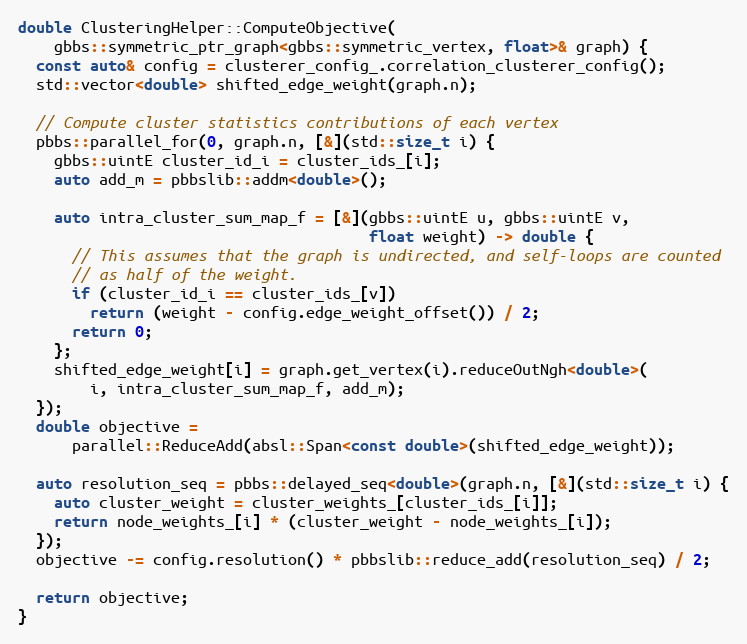
Language: C++
double ClusteringHelper::ComputeObjective(
    gbbs::symmetric_ptr_graph<gbbs::symmetric_vertex, float>& graph) {
  const auto& config = clusterer_config_.correlation_clusterer_config();
  std::vector<double> shifted_edge_weight(graph.n);

  // Compute cluster statistics contributions of each vertex
  pbbs::parallel_for(0, graph.n, [&](std::size_t i) {
    gbbs::uintE cluster_id_i = cluster_ids_[i];
    auto add_m = pbbslib::addm<double>();

    auto intra_cluster_sum_map_f = [&](gbbs::uintE u, gbbs::uintE v,
                                       float weight) -> double {
      // This assumes that the graph is undirected, and self-loops are counted
      // as half of the weight.
      if (cluster_id_i == cluster_ids_[v])
        return (weight - config.edge_weight_offset()) / 2;
      return 0;
    };
    shifted_edge_weight[i] = graph.get_vertex(i).reduceOutNgh<double>(
        i, intra_cluster_sum_map_f, add_m);
  });
  double objective =
      parallel::ReduceAdd(absl::Span<const double>(shifted_edge_weight));

  auto resolution_seq = pbbs::delayed_seq<double>(graph.n, [&](std::size_t i) {
    auto cluster_weight = cluster_weights_[cluster_ids_[i]];
    return node_weights_[i] * (cluster_weight - node_weights_[i]);
  });
  objective -= config.resolution() * pbbslib::reduce_add(resolution_seq) / 2;

  return objective;
}